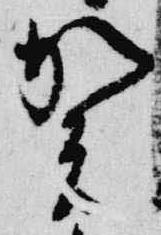
賀